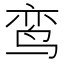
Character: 鸾